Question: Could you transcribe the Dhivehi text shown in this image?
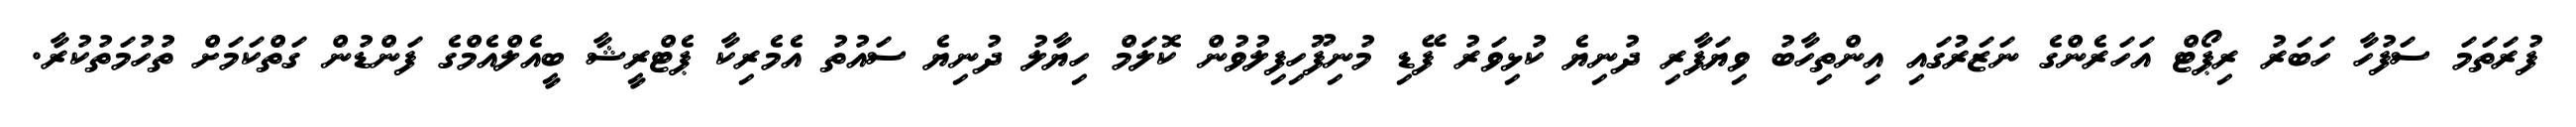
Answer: ފުރަތަމަ ސަފުހާ ހަބަރު ރިޕޯޓް އަހަރެންގެ ނަޒަރުގައި އިންތިހާބު ވިޔަފާރި ދުނިޔެ ކުޅިވަރު ފޭޑި މުނިފޫހިފިލުވުން ކޮލަމް ހިޔާލު ދުނިޔެ ސައުތު އެމެރިކާ ޕެޓްރީޝާ ބީއެލްއެމްގެ ފަންޑުން ގަތްކަމަށް ތުހުމަތުކުރާ.